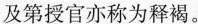
及第授官亦称为释褐。